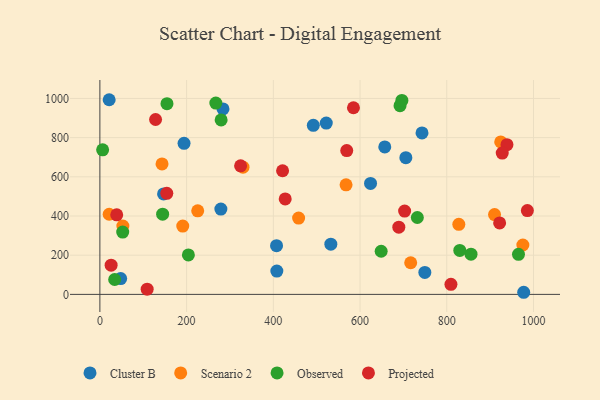
{"axis": {"x": "Speed", "y": "Exam Score"}, "legend": ["Cluster B", "Observed", "Projected", "Scenario 2"], "data": [{"x": "742.9", "y": 823.9, "type": "Cluster B"}, {"x": "47.9", "y": 80.7, "type": "Cluster B"}, {"x": "977.4", "y": 10.8, "type": "Cluster B"}, {"x": "407.4", "y": 248.4, "type": "Cluster B"}, {"x": "749.4", "y": 112.2, "type": "Cluster B"}, {"x": "194.1", "y": 770.9, "type": "Cluster B"}, {"x": "657.0", "y": 752.4, "type": "Cluster B"}, {"x": "492.2", "y": 863.1, "type": "Cluster B"}, {"x": "283.9", "y": 946.8, "type": "Cluster B"}, {"x": "146.8", "y": 512.8, "type": "Cluster B"}, {"x": "279.0", "y": 435.4, "type": "Cluster B"}, {"x": "532.6", "y": 256.3, "type": "Cluster B"}, {"x": "624.2", "y": 566.2, "type": "Cluster B"}, {"x": "522.1", "y": 874.1, "type": "Cluster B"}, {"x": "705.6", "y": 697.9, "type": "Cluster B"}, {"x": "21.4", "y": 993.5, "type": "Cluster B"}, {"x": "408.1", "y": 119.0, "type": "Cluster B"}, {"x": "910.2", "y": 407.1, "type": "Scenario 2"}, {"x": "191.1", "y": 348.9, "type": "Scenario 2"}, {"x": "330.1", "y": 649.3, "type": "Scenario 2"}, {"x": "143.3", "y": 665.9, "type": "Scenario 2"}, {"x": "827.8", "y": 357.5, "type": "Scenario 2"}, {"x": "53.0", "y": 349.1, "type": "Scenario 2"}, {"x": "567.7", "y": 559.2, "type": "Scenario 2"}, {"x": "716.8", "y": 161.4, "type": "Scenario 2"}, {"x": "225.6", "y": 426.3, "type": "Scenario 2"}, {"x": "975.5", "y": 252.1, "type": "Scenario 2"}, {"x": "21.4", "y": 408.9, "type": "Scenario 2"}, {"x": "458.3", "y": 389.7, "type": "Scenario 2"}, {"x": "924.4", "y": 778.3, "type": "Scenario 2"}, {"x": "6.3", "y": 738.0, "type": "Observed"}, {"x": "267.4", "y": 976.3, "type": "Observed"}, {"x": "648.7", "y": 220.3, "type": "Observed"}, {"x": "279.6", "y": 890.5, "type": "Observed"}, {"x": "154.7", "y": 973.5, "type": "Observed"}, {"x": "52.6", "y": 317.8, "type": "Observed"}, {"x": "732.1", "y": 392.5, "type": "Observed"}, {"x": "855.9", "y": 205.1, "type": "Observed"}, {"x": "692.2", "y": 963.1, "type": "Observed"}, {"x": "144.7", "y": 409.3, "type": "Observed"}, {"x": "696.5", "y": 990.1, "type": "Observed"}, {"x": "830.0", "y": 224.2, "type": "Observed"}, {"x": "965.4", "y": 204.7, "type": "Observed"}, {"x": "34.1", "y": 76.1, "type": "Observed"}, {"x": "204.1", "y": 201.2, "type": "Observed"}, {"x": "25.9", "y": 149.0, "type": "Projected"}, {"x": "109.0", "y": 26.8, "type": "Projected"}, {"x": "154.3", "y": 515.7, "type": "Projected"}, {"x": "421.3", "y": 630.9, "type": "Projected"}, {"x": "427.4", "y": 487.2, "type": "Projected"}, {"x": "584.8", "y": 952.5, "type": "Projected"}, {"x": "702.8", "y": 425.2, "type": "Projected"}, {"x": "569.3", "y": 734.0, "type": "Projected"}, {"x": "324.5", "y": 656.4, "type": "Projected"}, {"x": "809.6", "y": 51.2, "type": "Projected"}, {"x": "938.8", "y": 764.0, "type": "Projected"}, {"x": "985.9", "y": 427.7, "type": "Projected"}, {"x": "927.9", "y": 721.3, "type": "Projected"}, {"x": "128.4", "y": 892.7, "type": "Projected"}, {"x": "921.9", "y": 364.5, "type": "Projected"}, {"x": "38.8", "y": 406.0, "type": "Projected"}, {"x": "689.4", "y": 342.8, "type": "Projected"}]}